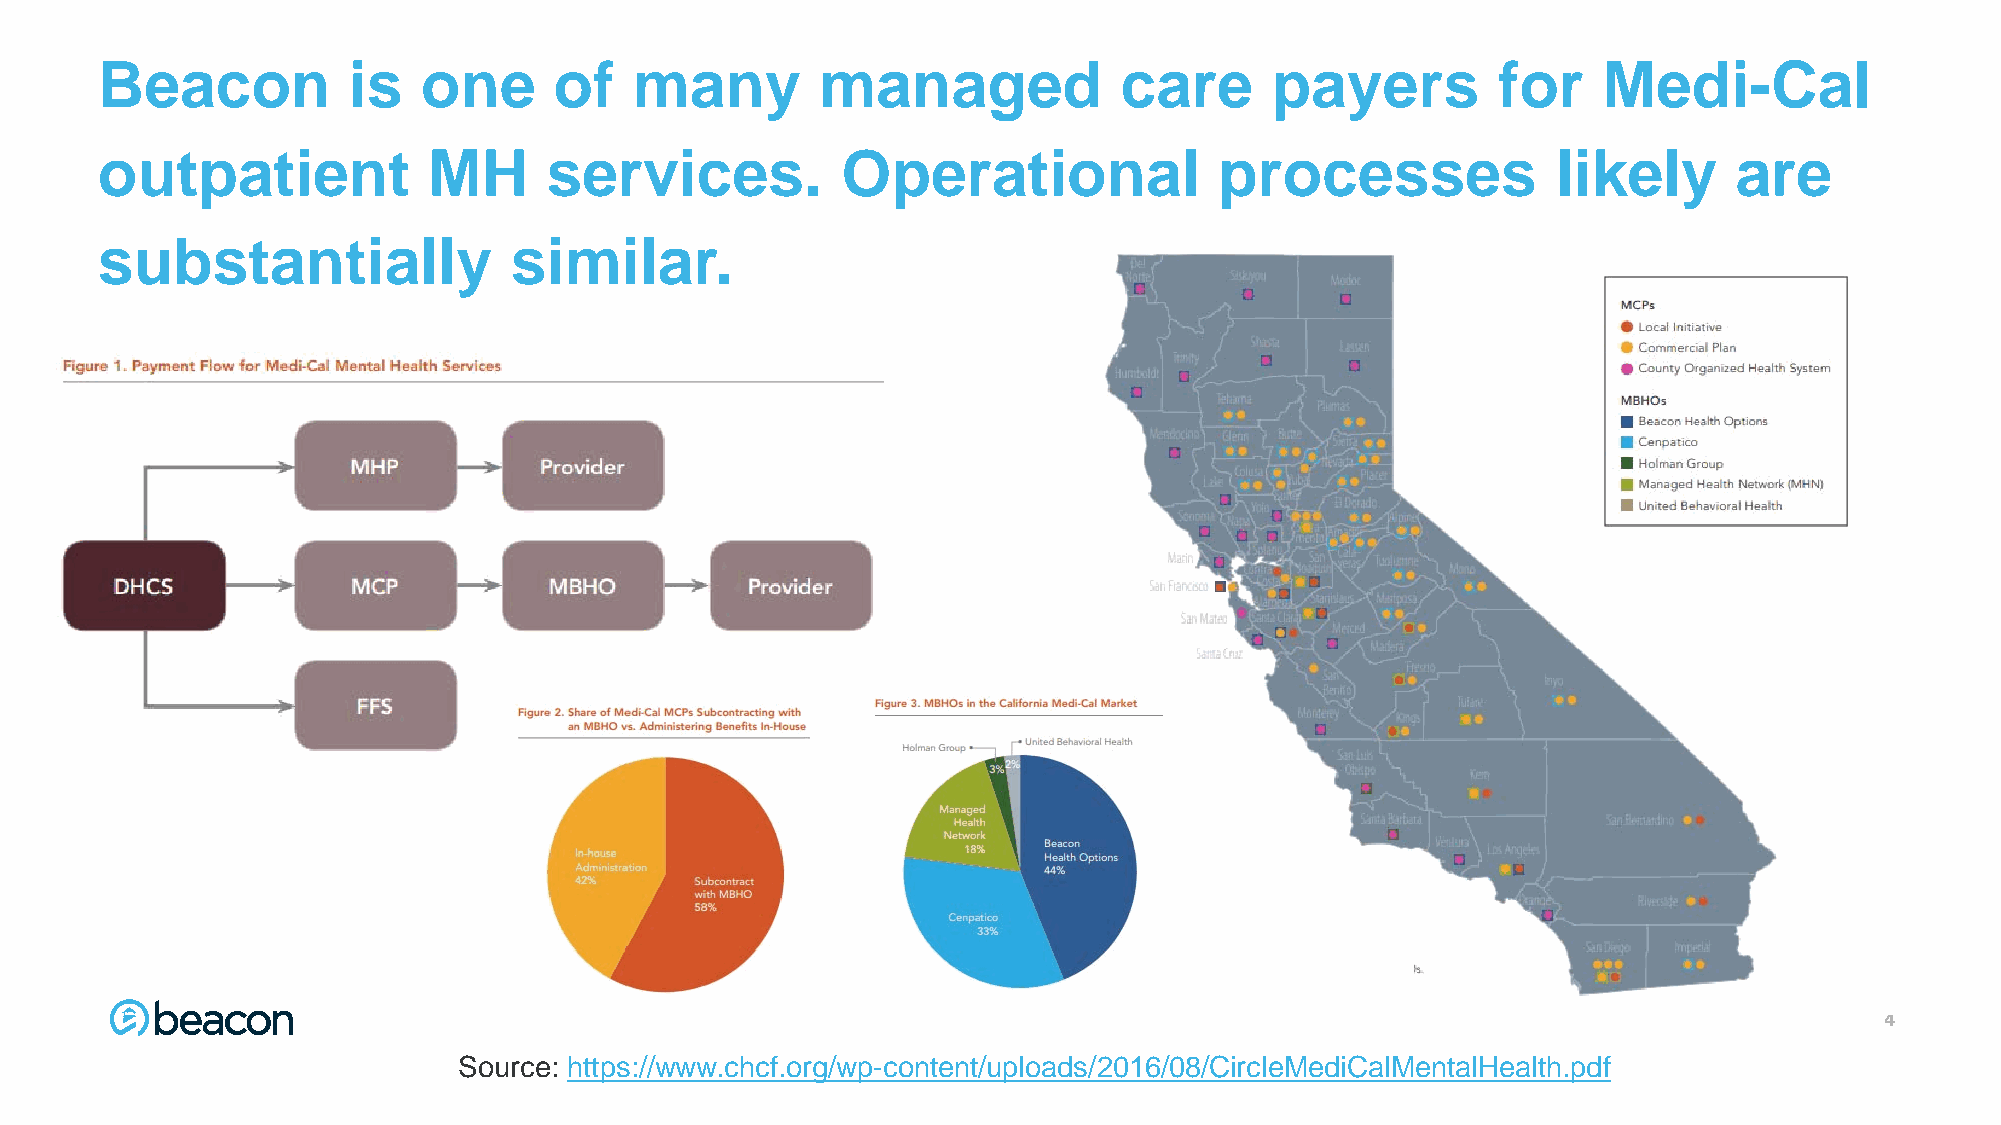
Beacon           is   one      of   many        managed             care      payers         for    Medi-Cal
 outpatient            MH      services.           Operational              processes             likely      are
 substantially               similar.
 4444
 Source: https://www.chcf.org/wp-content/uploads/2016/08/CircleMediCalMentalHealth.pdf